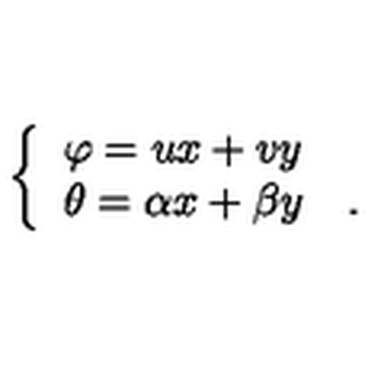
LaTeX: \left\{ \begin{array} { l } { \varphi = u x + v y } \\ { \theta = \alpha x + \beta y \quad . } \\ \end{array} \right.